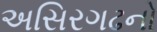
અસિરગઢનો